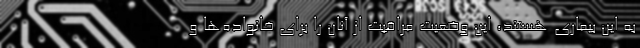
به این بیماری هستند، این وضعیت مراقبت از آنان را برای خانواده‌ها و